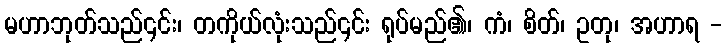
မဟာဘုတ်သည်၎င်း၊ တကိုယ်လုံးသည်၎င်း ရုပ်မည်၏၊ ကံ၊ စိတ်၊ ဥတု၊ အဟာရ -